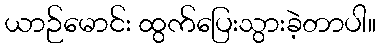
ယာဉ်မောင်း ထွက်ပြေးသွားခဲ့တာပါ။